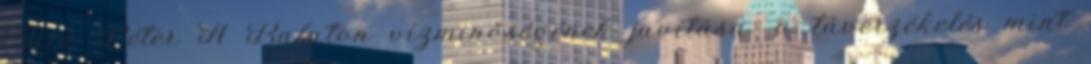
Bíró Péter A Balaton vízminőségének javítása: a távérzékelés mint